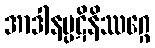
အာဒါနပ္ပဋိနိဿဂ္ဂေ